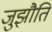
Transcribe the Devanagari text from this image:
जुझौति